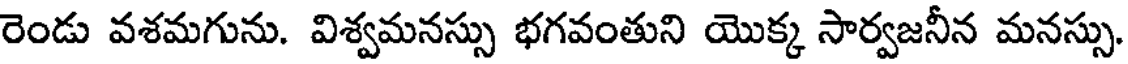
రెండు వశమగును. విశ్వమనస్సు భగవంతుని యొక్క సార్వజనీన మనస్సు